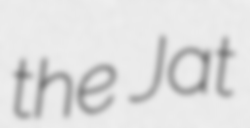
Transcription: the Jat